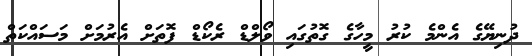
ދުނިޔޭގެ އެންމެ ކުރު މީހާގެ ގޮތުގައި ވޯލްޑް ރެކޯޑް ފޮތަށް އެރުމަށް މަސައްކަތް